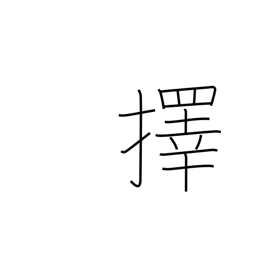
Meaning: choose